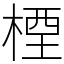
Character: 㮒